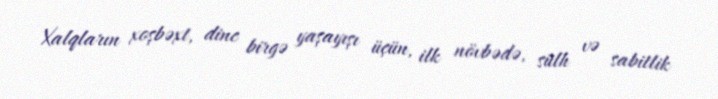
Xalqların xoşbəxt, dinc birgə yaşayışı üçün, ilk növbədə, sülh və sabitlik